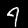
Label: 4